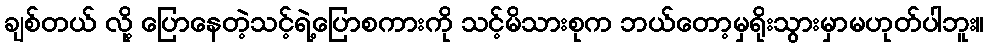
ချစ်တယ် လို့ ပြောနေတဲ့သင့်ရဲ့ပြောစကားကို သင့်မိသားစုက ဘယ်တော့မှရိုးသွားမှာမဟုတ်ပါဘူး။